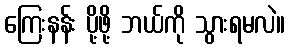
ကြေးနန်း ပို့ဖို့ ဘယ်ကို သွားရမလဲ။